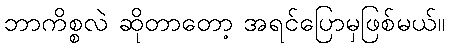
ဘာကိစ္စလဲ ဆိုတာတော့ အရင်ပြောမှဖြစ်မယ်။